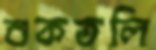
শুকতলি